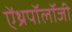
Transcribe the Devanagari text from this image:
ऐंथ्रपॉलॉजी